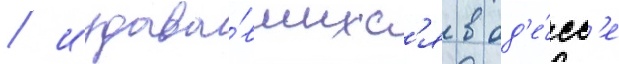
/ издава́вшихс'я в од'е́сс'е